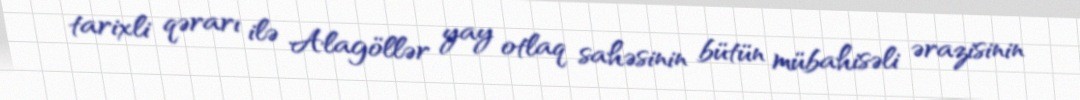
tarixli qərarı ilə Alagöllər yay otlaq sahəsinin bütün mübahisəli ərazisinin